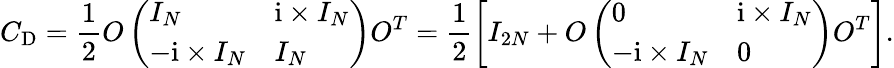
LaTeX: C_{\mathrm{D}}=\frac{1}{2}O\left(\begin{array}{ll}{I_{N}}&{\mathrm{i}\times I_{N}}\\ {-\mathrm{i}\times I_{N}}&{I_{N}}\end{array}\right)O^{T}=\frac{1}{2}\left[I_{2N}+O\left(\begin{array}{ll}{0}&{\mathrm{i}\times I_{N}}\\ {-\mathrm{i}\times I_{N}}&{0}\end{array}\right)O^{T}\right].